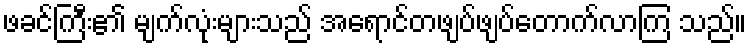
ဖခင်ကြီး၏ မျက်လုံးများသည် အရောင်တဖျပ်ဖျပ်တောက်လာကြ သည်။